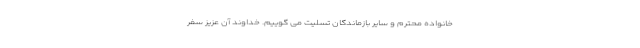
خانواده محترم و سایر بازماندگان تسلیت می گوییم. خداوند آن عزیز سفر